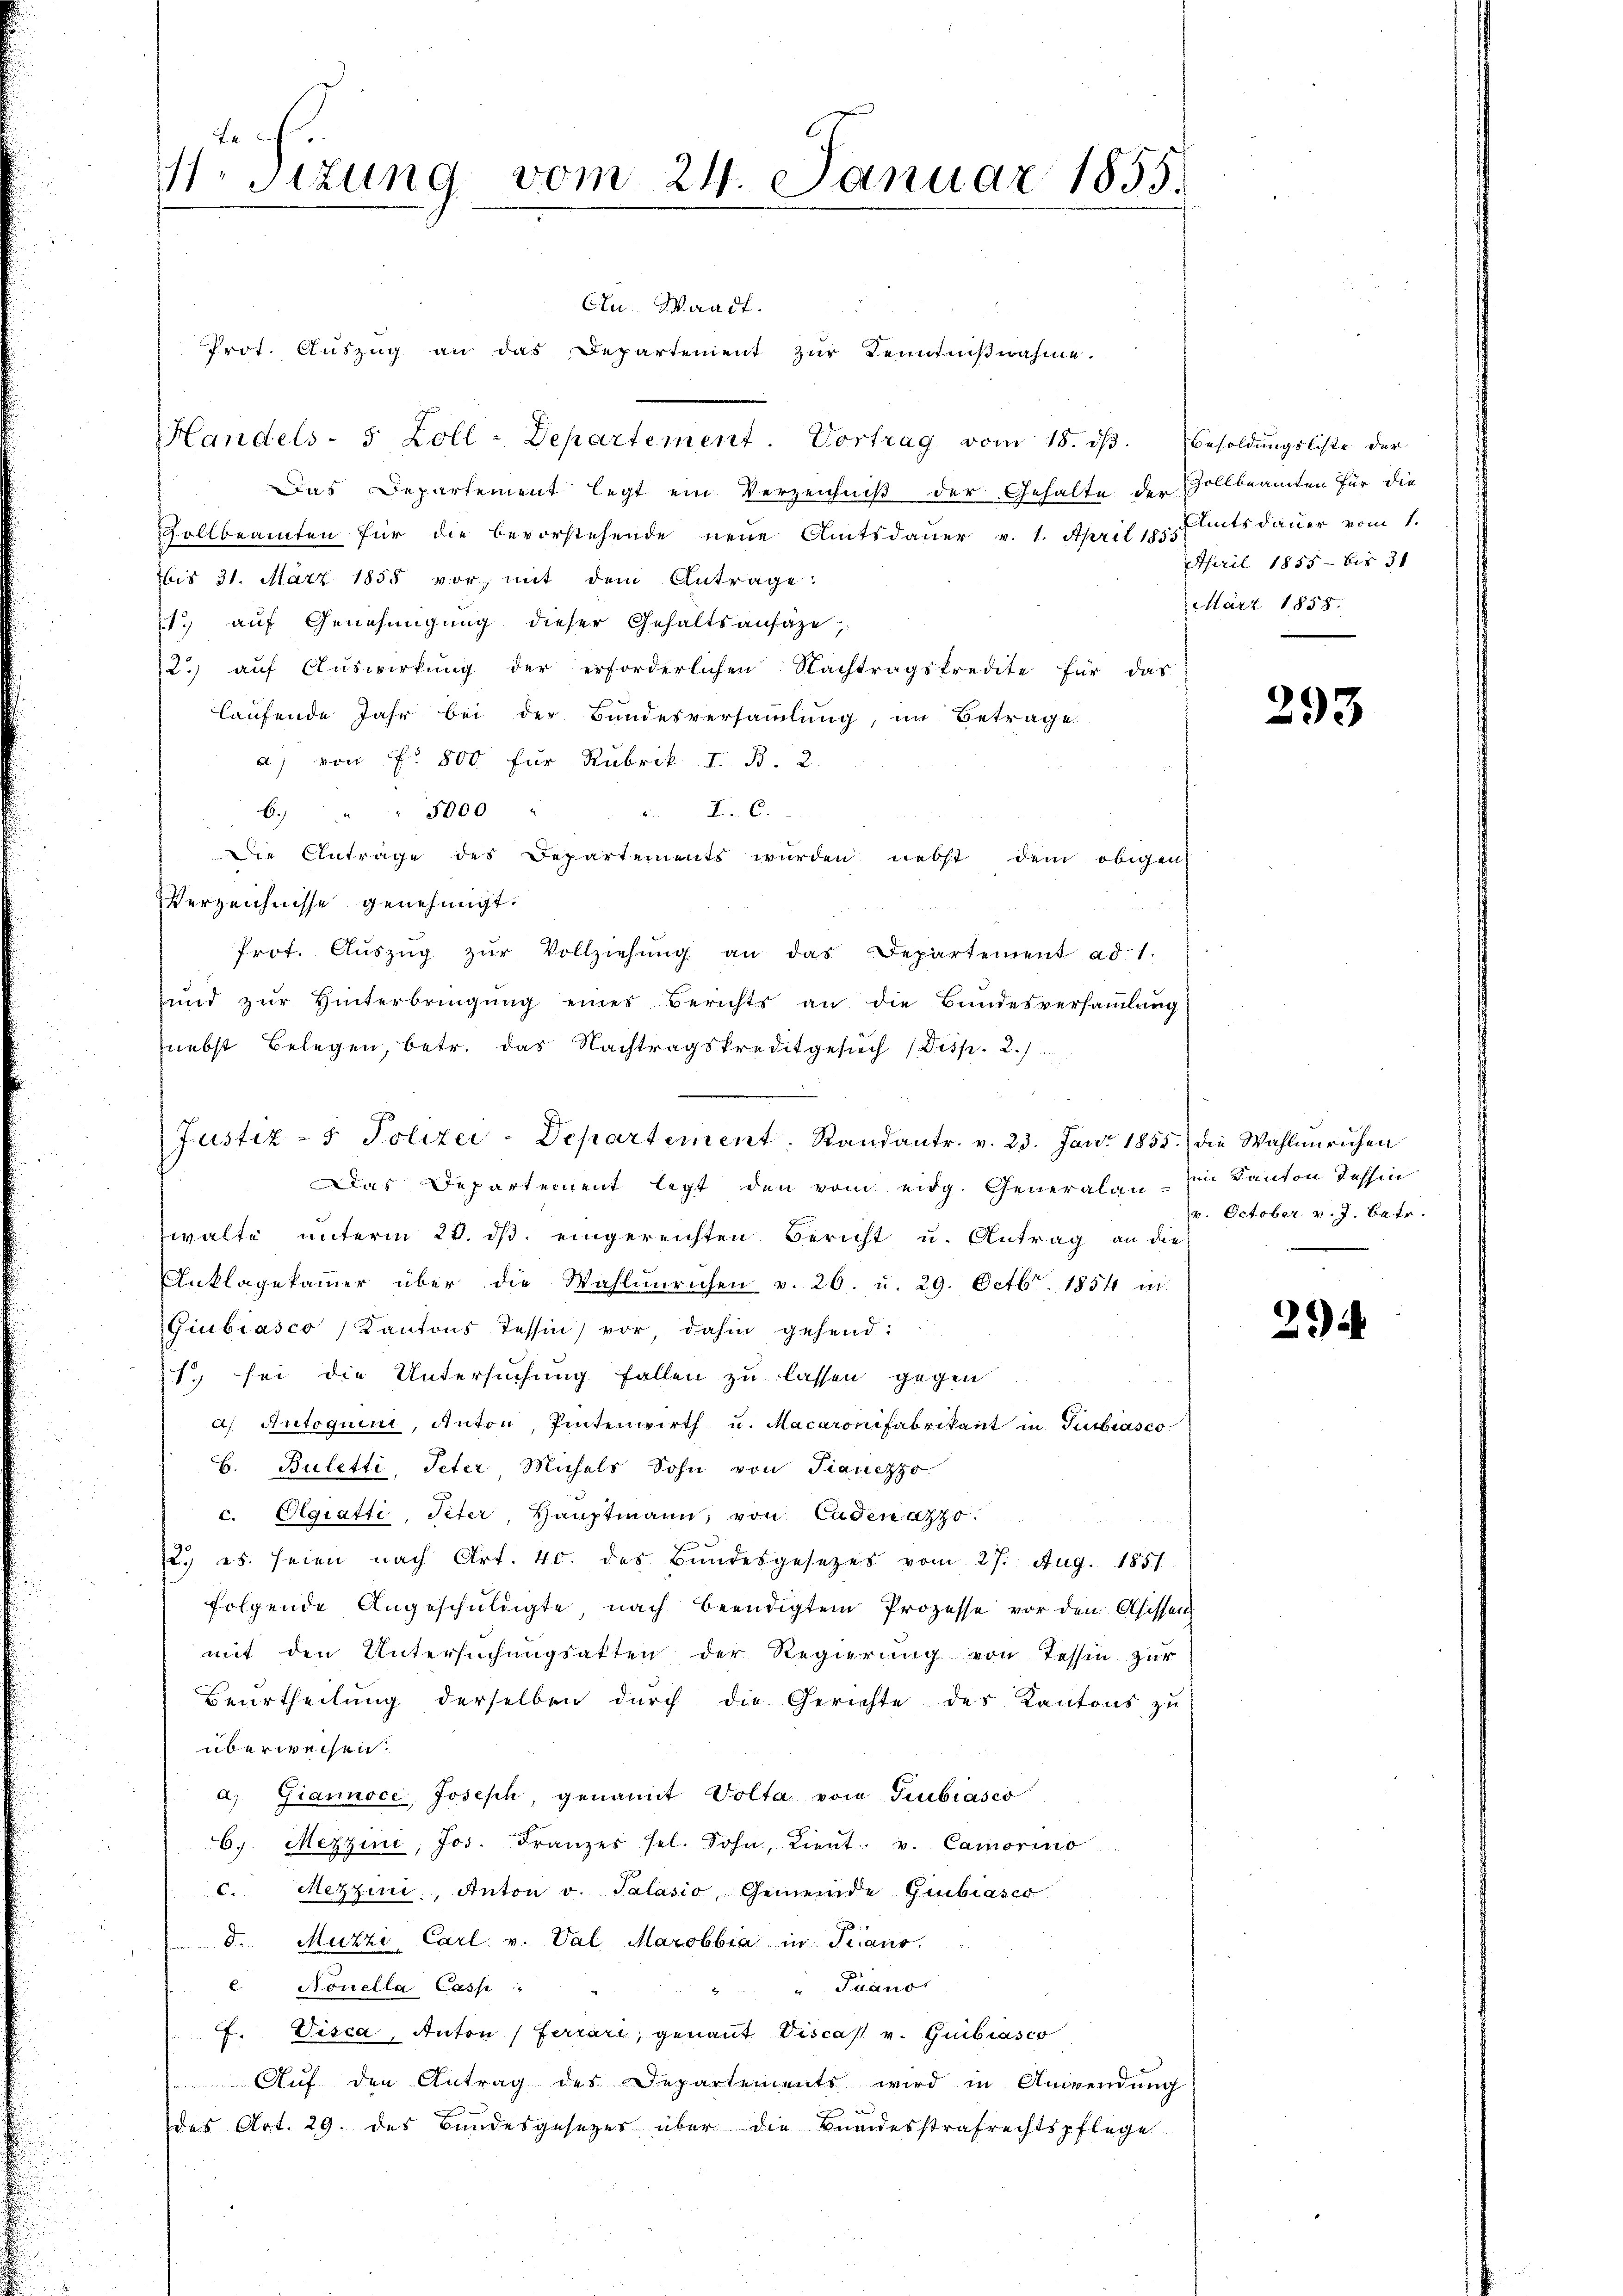
e
M. Sizung vom 24. Januar 1855.

An Waadt.
Prot. Auszug an das Departement zur Kenntnißnahme.
Handels- 5 Zoll - Departement. Vortrag vom 18. dβ. Besoldŭngsliste der
Das Departement legt ein Verzeichniß der Gehalte der Zollbeamten für die
Zollbeamten für die bevorstehende neue Amtsdauer v. 1. April pp. Amtsdauer vom 1.
bis 31. März 1858 vor, mit dem Antrage:
1 auf Genehmigung dieser Gehaltsansähe,
2.) auf Auswirkung der erforderlichen Nachtragskredite für das
laufende Jahr bei der Bundesversammlung, im Betrage
a) von Fr. 800 für Rubrik I. B. 2.
F. C.
6. " " 3000 "
Die Antrage des Departements wurden nebst dem obigen
Verzeichnisse genehmigt.
Prof. Aŭszŭg zŭr Vollziehŭng an das Departement ad 1.
und zŭr Hinterbringŭng eines Berichts an die Bŭndesversamlung
nebst Belegen, betr. das Nachtragskreditgesuch (Disp. 2.)
Justiz- & Polizei-Departement. Randantr. v. 23. Jan. 1855.) die Wahlerichen
Das Departement legt den vom eidg. Generalan-Ein Kanton Tessin
walte unterm 28. ds. eingereichten Bericht u. Antrag an die
nklagekammer über die Wahlŭnruhen v. 26. u. 29. Octbr. 1854 in
Giubiasco, Kantons Tessin vor, dahin gehend:
1. sei die Untersuchung fallen zu lassen gegen
a. Autoquini, Anton, Pintenwirth u. Macaronifabrikant in Giubiasco
B. Buletti, Peter Michels Sohn von Pianezzo.
c. Olgiatti, Peter, Hauptmann, von Cadenazzo
2. es seien nach Art. 40. das Bundesgesetzes vom 27. Aug. 1851
folgende Angeschüldigte nach beendigten Prozesse vor den Asissen
mit den Untersuchungsakten der Regierung von Tessin zur
Beurtheilung derselben durch die Gerichte des Kantons zu
überweisen:
a) Giannoce, Joseph, genannt Volta vom Giubiasco
6. Mezzini, Jos. Franzes sel. Sohn, Lieŭt. v. Camorino
c. Mezzeni, Anton v. Palasio, Gemeinde Gubiasco
d. Muzzi Carl v. Val Marobbia in Trans.
"Juano
 Nouella Cass
F. Visca, Anton (Ferrari, genannt Viscast v. Guibiasco
Auf den Antrag des Departements wird in Anwendung
des Art. 29. des Bundesgesetzes über die Bundesstrafrechtspflege

April 1855 - bis 31
März 1858.

293

v. October v. J. Batr.

29